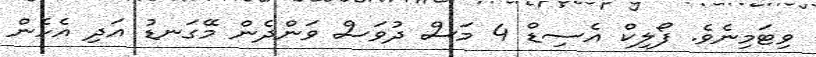
ވިޓަމިނެވެ. ފޯލިކް އެސިޑް 4 މަސް ދުވަސް ވަންދެން މޭގަނޑު އަދި އެހެން